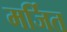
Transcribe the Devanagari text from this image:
मर्जित